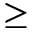
\geq